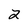
Character: 2